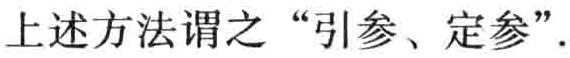
上述方法谓之“引参、定参”.